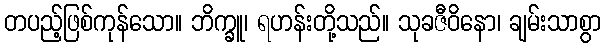
တပည့်ဖြစ်ကုန်သော။ ဘိက္ခူ၊ ရဟန်းတို့သည်။ သုခဇီဝိနော၊ ချမ်းသာစွာ